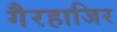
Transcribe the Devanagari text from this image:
गैरहाजिर